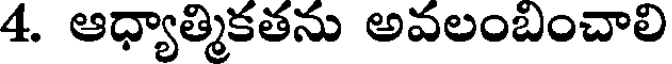
4. ఆధ్యాత్మికతను అవలంబంచాలి